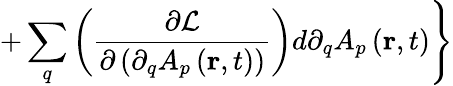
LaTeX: \left.+\sum_{q}\left(\frac{\partial\mathcal{L}}{\partial\left(\partial_{q}A_{p}\left(\mathbf{r},t\right)\right)}\right)d\partial_{q}A_{p}\left(\mathbf{r},t\right)\right\}